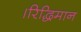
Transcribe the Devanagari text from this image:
।रिद्धिमान